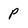
Character: P